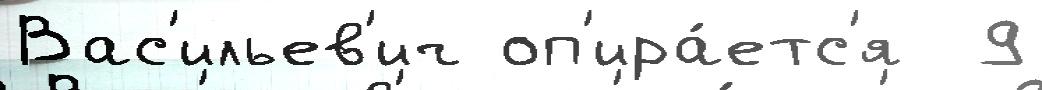
Вас'ильев'ич оп'ира́етс'я  9